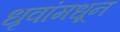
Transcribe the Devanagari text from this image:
धृवांमधून